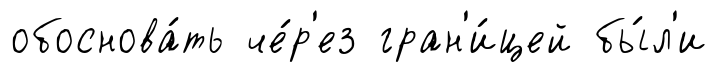
обоснова́ть че́р'ез гран'и́цей бы́л'и